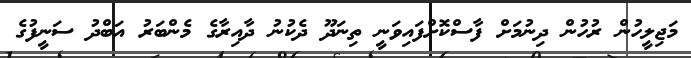
މަޖިލީހުން ރުހުން ދިނުމަށް ފާސްކޮށްފައިވަނީ ތިނަދޫ ދެކުނު ދާއިރާގެ މެންބަރު އަބްދު ސަނީފުގެ